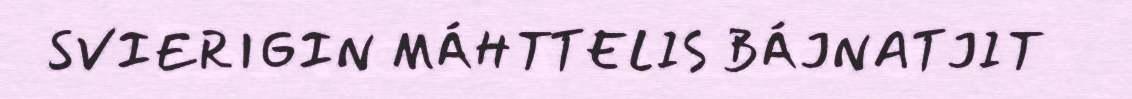
SVIERIGIN MÁHTTELIS BÁJNATJIT